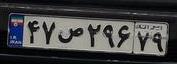
۴۷ص۲۹۶۷۹